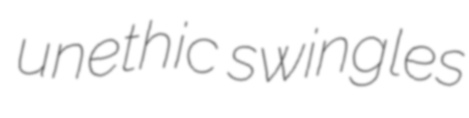
unethic swingles